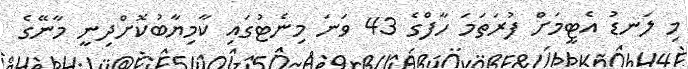
މި ލަނޑު އެޓީމަށް ފުރަތަމަ ހާފްގެ 43 ވަނަ މިނެޓުގައި ކާމިޔާބުކޮށްދިނީ މާނޭގެ